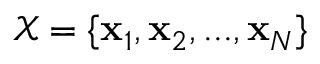
\mathcal { X } = \{ \mathbf { x } _ { 1 } , \mathbf { x } _ { 2 } , . . . , \mathbf { x } _ { N } \}